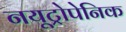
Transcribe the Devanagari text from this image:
नयूट्रोपेनिक